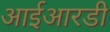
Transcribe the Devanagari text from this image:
आईआरडी